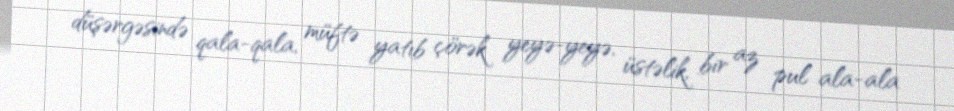
düşərgəsində qala-qala, müftə yatıb çörək yeyə-yeyə, üstəlik, bir az pul ala-ala